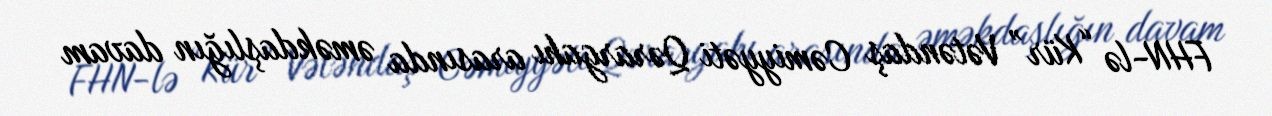
FHN-lə “Kür” Vətəndaş Cəmiyyəti Qərargahı arasında əməkdaşlığın davam